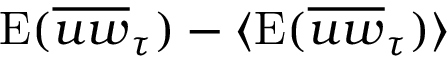
\mathrm { E } ( \overline { { u w } } _ { \tau } ) - \langle \mathrm { E } ( \overline { { u w } } _ { \tau } ) \rangle